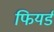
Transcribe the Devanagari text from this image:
फियर्ड